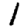
Digit: 1